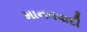
માનવવાદી